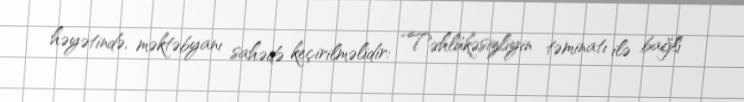
həyətində, məktəbyanı sahədə keçirilməlidir: “Təhlükəsizliyin təminatı ilə bağlı